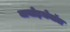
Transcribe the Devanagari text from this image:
बायोइथेनॉल